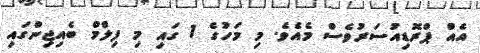
އެއް ޕްރޮޑިއުސަރުވެސް މެއެވެ. މި މަހުގެ 1 ގައި މި ފިލްމް ބެއިޖިންގައި